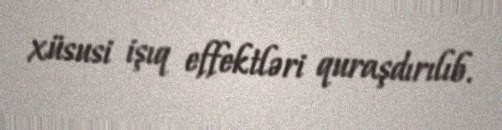
xüsusi işıq effektləri quraşdırılıb.